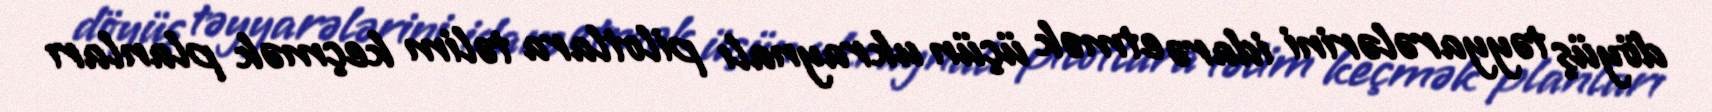
döyüş təyyarələrini idarə etmək üçün ukraynalı pilotlara təlim keçmək planları